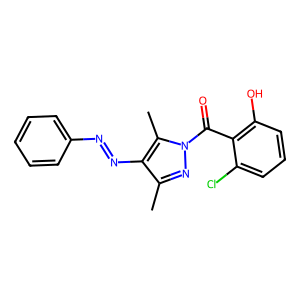
SMILES: Cc1nn(C(=O)c2c(O)cccc2Cl)c(C)c1N=Nc1ccccc1
Inhibits HIV replication: No